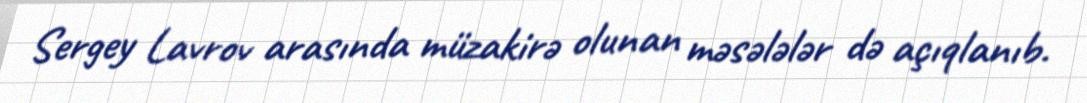
Sergey Lavrov arasında müzakirə olunan məsələlər də açıqlanıb.